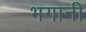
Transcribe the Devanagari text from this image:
भगानी